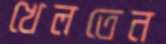
খেলতেন